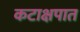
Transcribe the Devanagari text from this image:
कटाक्षपात